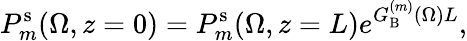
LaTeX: P_{m}^{\mathrm{s}}(\Omega,z=0)=P_{m}^{\mathrm{s}}(\Omega,z=L)e^{G_{\mathrm{B}}^{(m)}(\Omega)L},